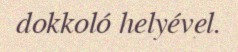
dokkoló helyével.